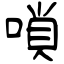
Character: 嗩